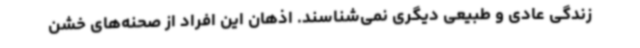
زندگی عادی و طبیعی دیگری نمی‌شناسند. اذهان این افراد از صحنه‌های خشن